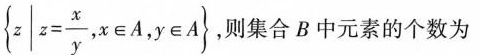
{ z | z = \frac { x } { y } , x \in A , y \in A }$$，则集合B中元素的个数为